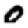
Digit: 0